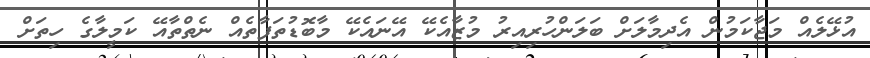
އުޅޭލެއް މަޖާކަމުން އެދިމާލަށް ބަލަންހުރިއިރު މުޒާއެކޭ އޭނައެކޭ މާބޮޑުތަފާތެއް ނެތްތާއޭ ކަމީލާގެ ހިތަށް